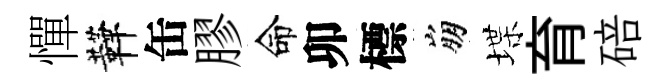
憚鞾缶膠命卯標崩堞育碚